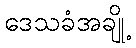
ဒေသခံအချို့